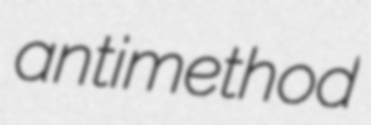
antimethod